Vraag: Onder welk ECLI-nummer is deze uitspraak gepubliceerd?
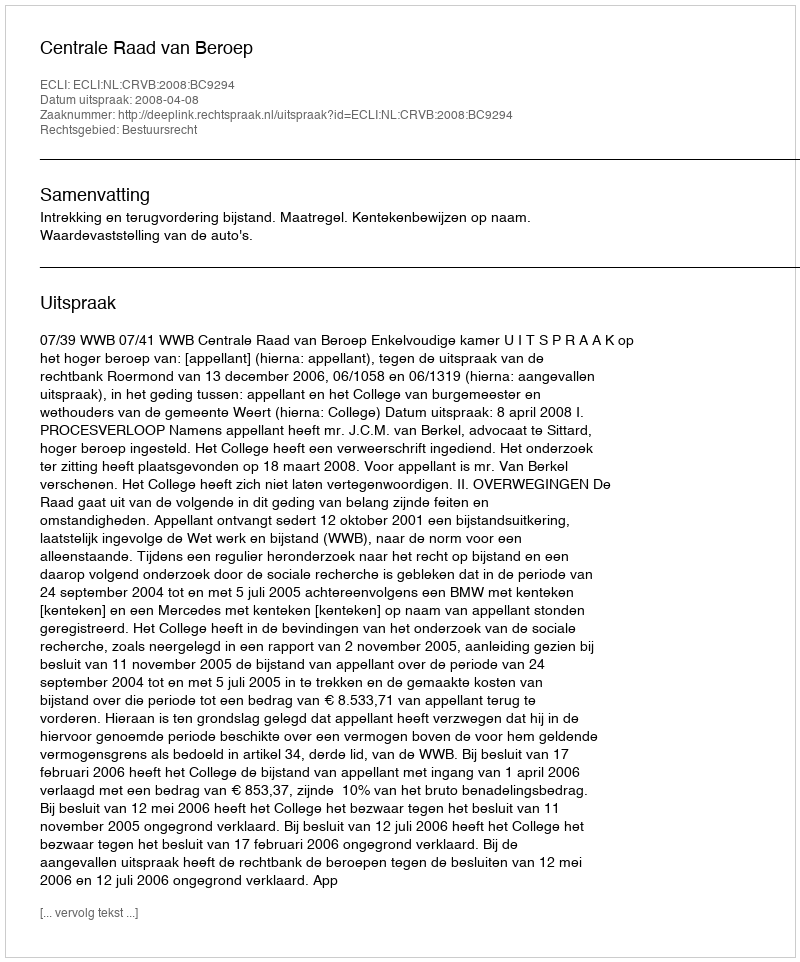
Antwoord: ECLI:NL:CRVB:2008:BC9294